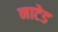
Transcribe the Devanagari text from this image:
नाटेड